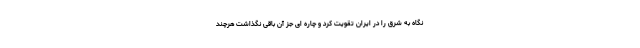
نگاه به شرق را در ایران تقویت کرد و چاره ای جز آن باقی نگذاشت هرچند